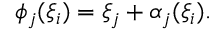
\phi _ { j } ( \xi _ { i } ) = \xi _ { j } + \alpha _ { j } ( \xi _ { i } ) .